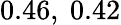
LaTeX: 0.46,\ 0.42